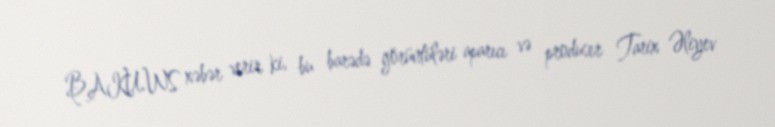
BAKU.WS xəbər verir ki, bu barədə görüntüləri aparıcı və produser Tarix Əliyev